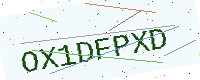
Text: OX1DFPXD